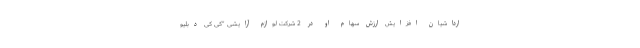
ارداشیان افزایش ارزش سهام او در 2 شرکت لوازم آرایشی "کی کی دبلیو